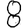
Digit: 8